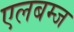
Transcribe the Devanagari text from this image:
एलबम्ज